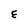
Character: E